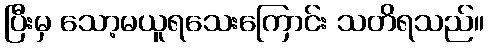
ပြီးမှ သော့မယူရသေးကြောင်း သတိရသည်။